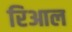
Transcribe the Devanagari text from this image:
रिआल